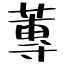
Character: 蓴